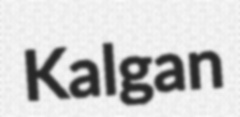
Kalgan